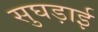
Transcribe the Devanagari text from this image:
सुघड़ाई